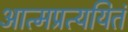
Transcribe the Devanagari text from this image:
आत्मप्रत्ययितं